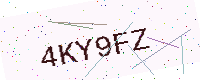
Text: 4KY9FZ